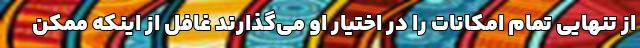
از تنهایی تمام امکانات را در اختیار او می‌گذارند غافل از اینکه ممکن